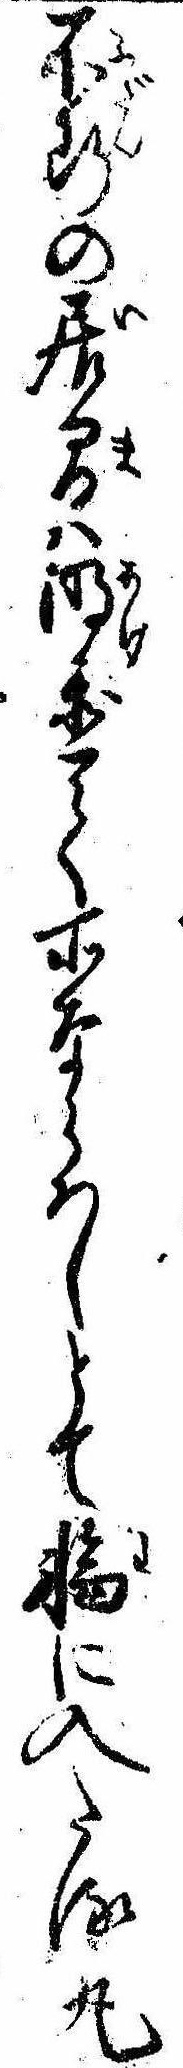
不断の居間は明置て所ならはしとて輪に入たる丸